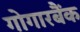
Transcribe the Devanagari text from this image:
गोगारबैंक